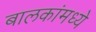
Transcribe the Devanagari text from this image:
बालकांमध्ये